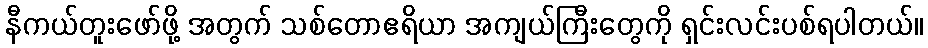
နီကယ်တူးဖော်ဖို့ အတွက် သစ်တောဧရိယာ အကျယ်ကြီးတွေကို ရှင်းလင်းပစ်ရပါတယ်။